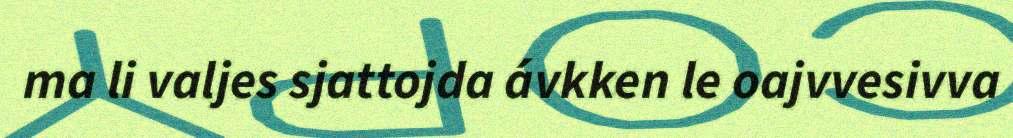
ma li valjes sjattojda ávkken le oajvvesivva